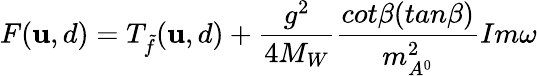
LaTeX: F(\mathbf{u},d)=T_{\tilde{{f}}}(\mathbf{u},d)+\frac{{g^{2}}}{{4M_{W}}}\frac{{cot\beta(tan\beta)}}{{m_{A^{0}}^{2}}}Im\omega